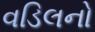
વડિલનો